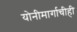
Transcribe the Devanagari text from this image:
योनीमार्गाचीही